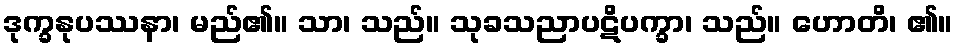
ဒုက္ခနုပဿနာ၊ မည်၏။ သာ၊ သည်။ သုခသညာပဋိပက္ခာ၊ သည်။ ဟောတိ၊ ၏။